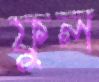
ফুল